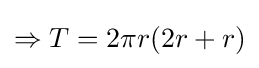
\Rightarrow T=2\pi r(2r+r)